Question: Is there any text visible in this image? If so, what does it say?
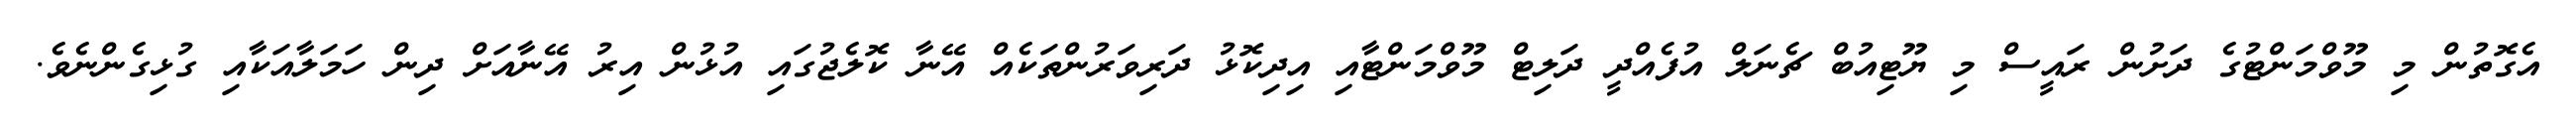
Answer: އެގޮތުން މި މޫވްމަންޓުގެ ދަށުން ރައީސް މި ޔޫޓިއުބް ޗެނަލް އުފެއްދީ ދަލިޓް މޫވްމަންޓާއި އިދިކޮޅު ދަރިވަރުންތަކެއް އޭނާ ކޮލެޖުގައި އުޅުން އިރު އޭނާއަށް ދިން ހަމަލާއަކާއި ގުޅިގެންނެވެ.